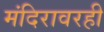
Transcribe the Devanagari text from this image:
मंदिरावरही